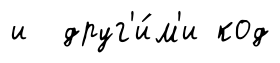
и друг'и́м'и код